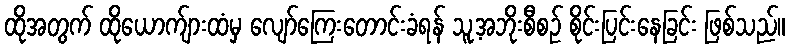
ထိုအတွက် ထိုယောက်ျားထံမှ လျော်ကြေးတောင်းခံရန် သူ့အဘိုးစီစဉ် စိုင်းပြင်းနေခြင်း ဖြစ်သည်။